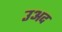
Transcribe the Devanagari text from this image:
उअद